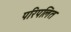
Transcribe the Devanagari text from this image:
परिपलित